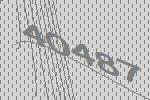
40487